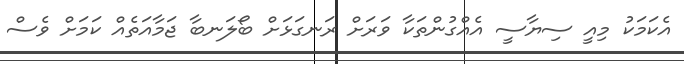
އެކަމަކު މިއީ ސިޔާސީ އެއްގުންތަކާ ވަރަށް ރަނގަޅަށް ބޯލަނބާ ޖަމާއަތެއް ކަމަށް ވެސް